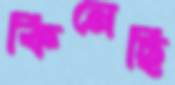
কিনেছি